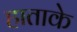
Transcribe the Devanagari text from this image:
हाताके